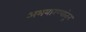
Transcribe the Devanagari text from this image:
अभयारण्यांतून